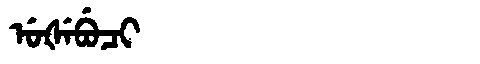
Manchu: ᡠᡧᡝᠪᡠᠴᡳ
Romanization: UŠEBUCI